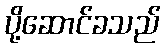
ပို့ဆောင်ခသည်